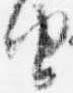
由